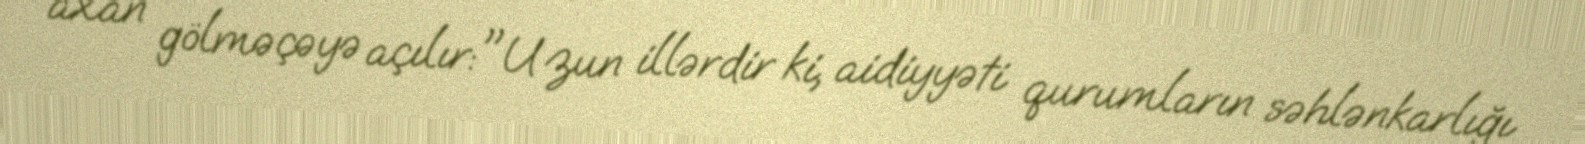
axan gölməçəyə açılır:"Uzun illərdir ki, aidiyyəti qurumların səhlənkarlığı